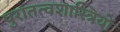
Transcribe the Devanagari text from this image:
पुरातत्‍वशास्त्रियों